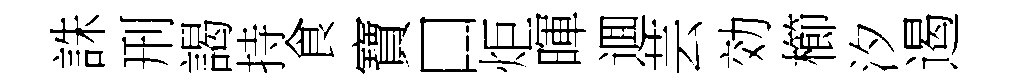
誅刑謁持食寶口炬暉逥芸効櫛汐遏